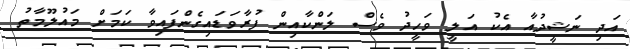
އަދި ނަޝީދުއާ އެކު އަލީ ވަހީދު ވެސް ލަންކާއިން ފުރާވަޑައިގެންފައިވާ ކަމަށް މައުލޫމާތު